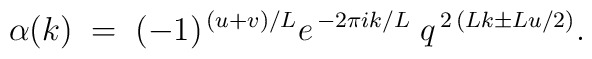
\alpha (k) \; = \; (-1)^{\, (u+v)/L} e^{\, -2 \pi i k/L}\; q^{\, 2\, (L k \pm L u/2)}  .